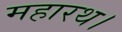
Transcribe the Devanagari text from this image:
महारथ।